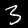
Label: 3